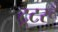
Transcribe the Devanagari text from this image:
टूटरूँ